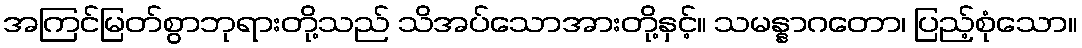
အကြင်မြတ်စွာဘုရားတို့သည် သိအပ်သောအားတို့နှင့်။ သမန္နာဂတော၊ ပြည့်စုံသော။